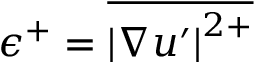
\epsilon ^ { + } = \overline { { \left| \nabla u ^ { \prime } \right| ^ { 2 + } } }